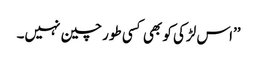
’’اس لڑکی کو بھی کسی طور چین نہیں۔